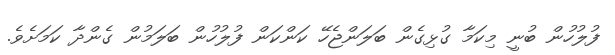
ފުލުހުން ބުނީ މިކަމާ ގުޅިގެން ބަލަންޖެހޭ ކަންކަން ފުލުހުން ބަލަމުން ގެންދާ ކަމަށެވެ.